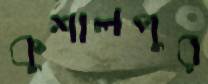
কুশালপুর